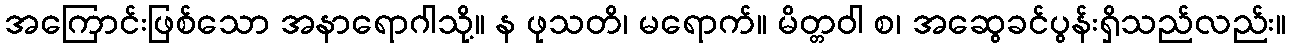
အကြောင်းဖြစ်သော အနာရောဂါသို့။ န ဖုသတိ၊ မရောက်။ မိတ္တဝါ စ၊ အဆွေခင်ပွန်းရှိသည်လည်း။